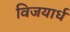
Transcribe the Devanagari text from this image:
विजयार्ध